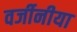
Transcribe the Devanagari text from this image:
वर्जीनीया